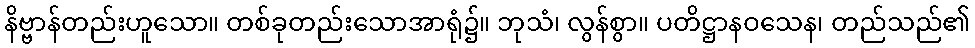
နိဗ္ဗာန်တည်းဟူသော။ တစ်ခုတည်းသောအာရုံ၌။ ဘုသံ၊ လွန်စွာ။ ပတိဋ္ဌာနဝသေန၊ တည်သည်၏